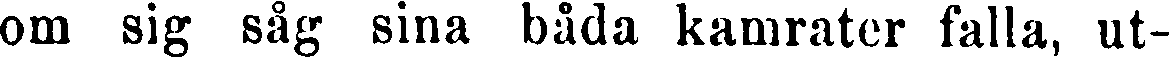
om sig såg sina båda kamrater falla, ut-